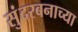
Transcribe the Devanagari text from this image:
सुंदरबनाच्या